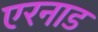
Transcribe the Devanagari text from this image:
एरनाड